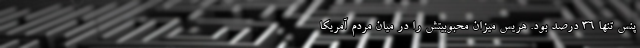
پنس تنها 36 درصد بود. هریس میزان محبوبیتش را در میان مردم آمریکا